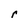
Character: r